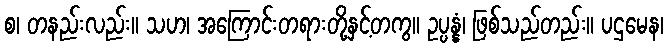
စ၊ တနည်းလည်း။ သဟ၊ အကြောင်းတရားတို့နှင့်တကွ။ ဥပ္ပန္နံ၊ ဖြစ်သည်တည်း။ ပဌမေန၊